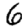
Digit: 6